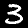
Label: 3